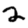
Digit: 2